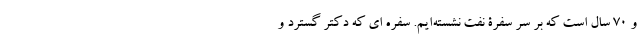
و 70 سال است که بر سر سفرۀ نفت نشسته‌ایم. سفره ای که دکتر گسترد و